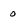
Character: 0